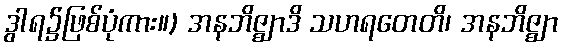
ဒွါရ၌ဖြစ်ပုံကား။) အနဘိဇ္ဈာဒိ သဟရတေတိ၊ အနဘိဇ္ဈာ